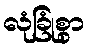
လုံခြုံစွာ